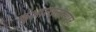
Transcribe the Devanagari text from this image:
कुआलालामपुर